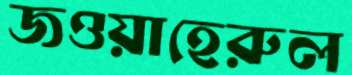
জওয়াহেরুল